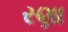
રણા